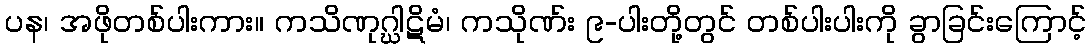
ပန၊ အဖိုတစ်ပါးကား။ ကသိဏုဂ္ဃါဋိမံ၊ ကသိုဏ်း ၉-ပါးတို့တွင် တစ်ပါးပါးကို ခွာခြင်းကြောင့်